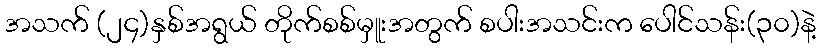
အသက် (၂၄)နှစ်အရွယ် တိုက်စစ်မှူးအတွက် စပါးအသင်းက ပေါင်သန်း(၃၀)နဲ့